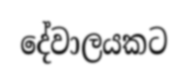
දේවාලයකට